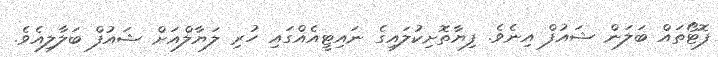
ފޮޓޯތައް ބަލަން ޝައުފް އިނެވެ. ފިޔާތޮށިކުލައިގެ ނައިޓީއެއްގައި ހުރި ލަޔާލްއަށް ޝައުފް ބަލާލިއެވެ.